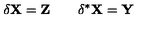
\delta \mathbf { X } = \mathbf { Z } \qquad \delta ^ { * } \mathbf { X } = \mathbf { Y }